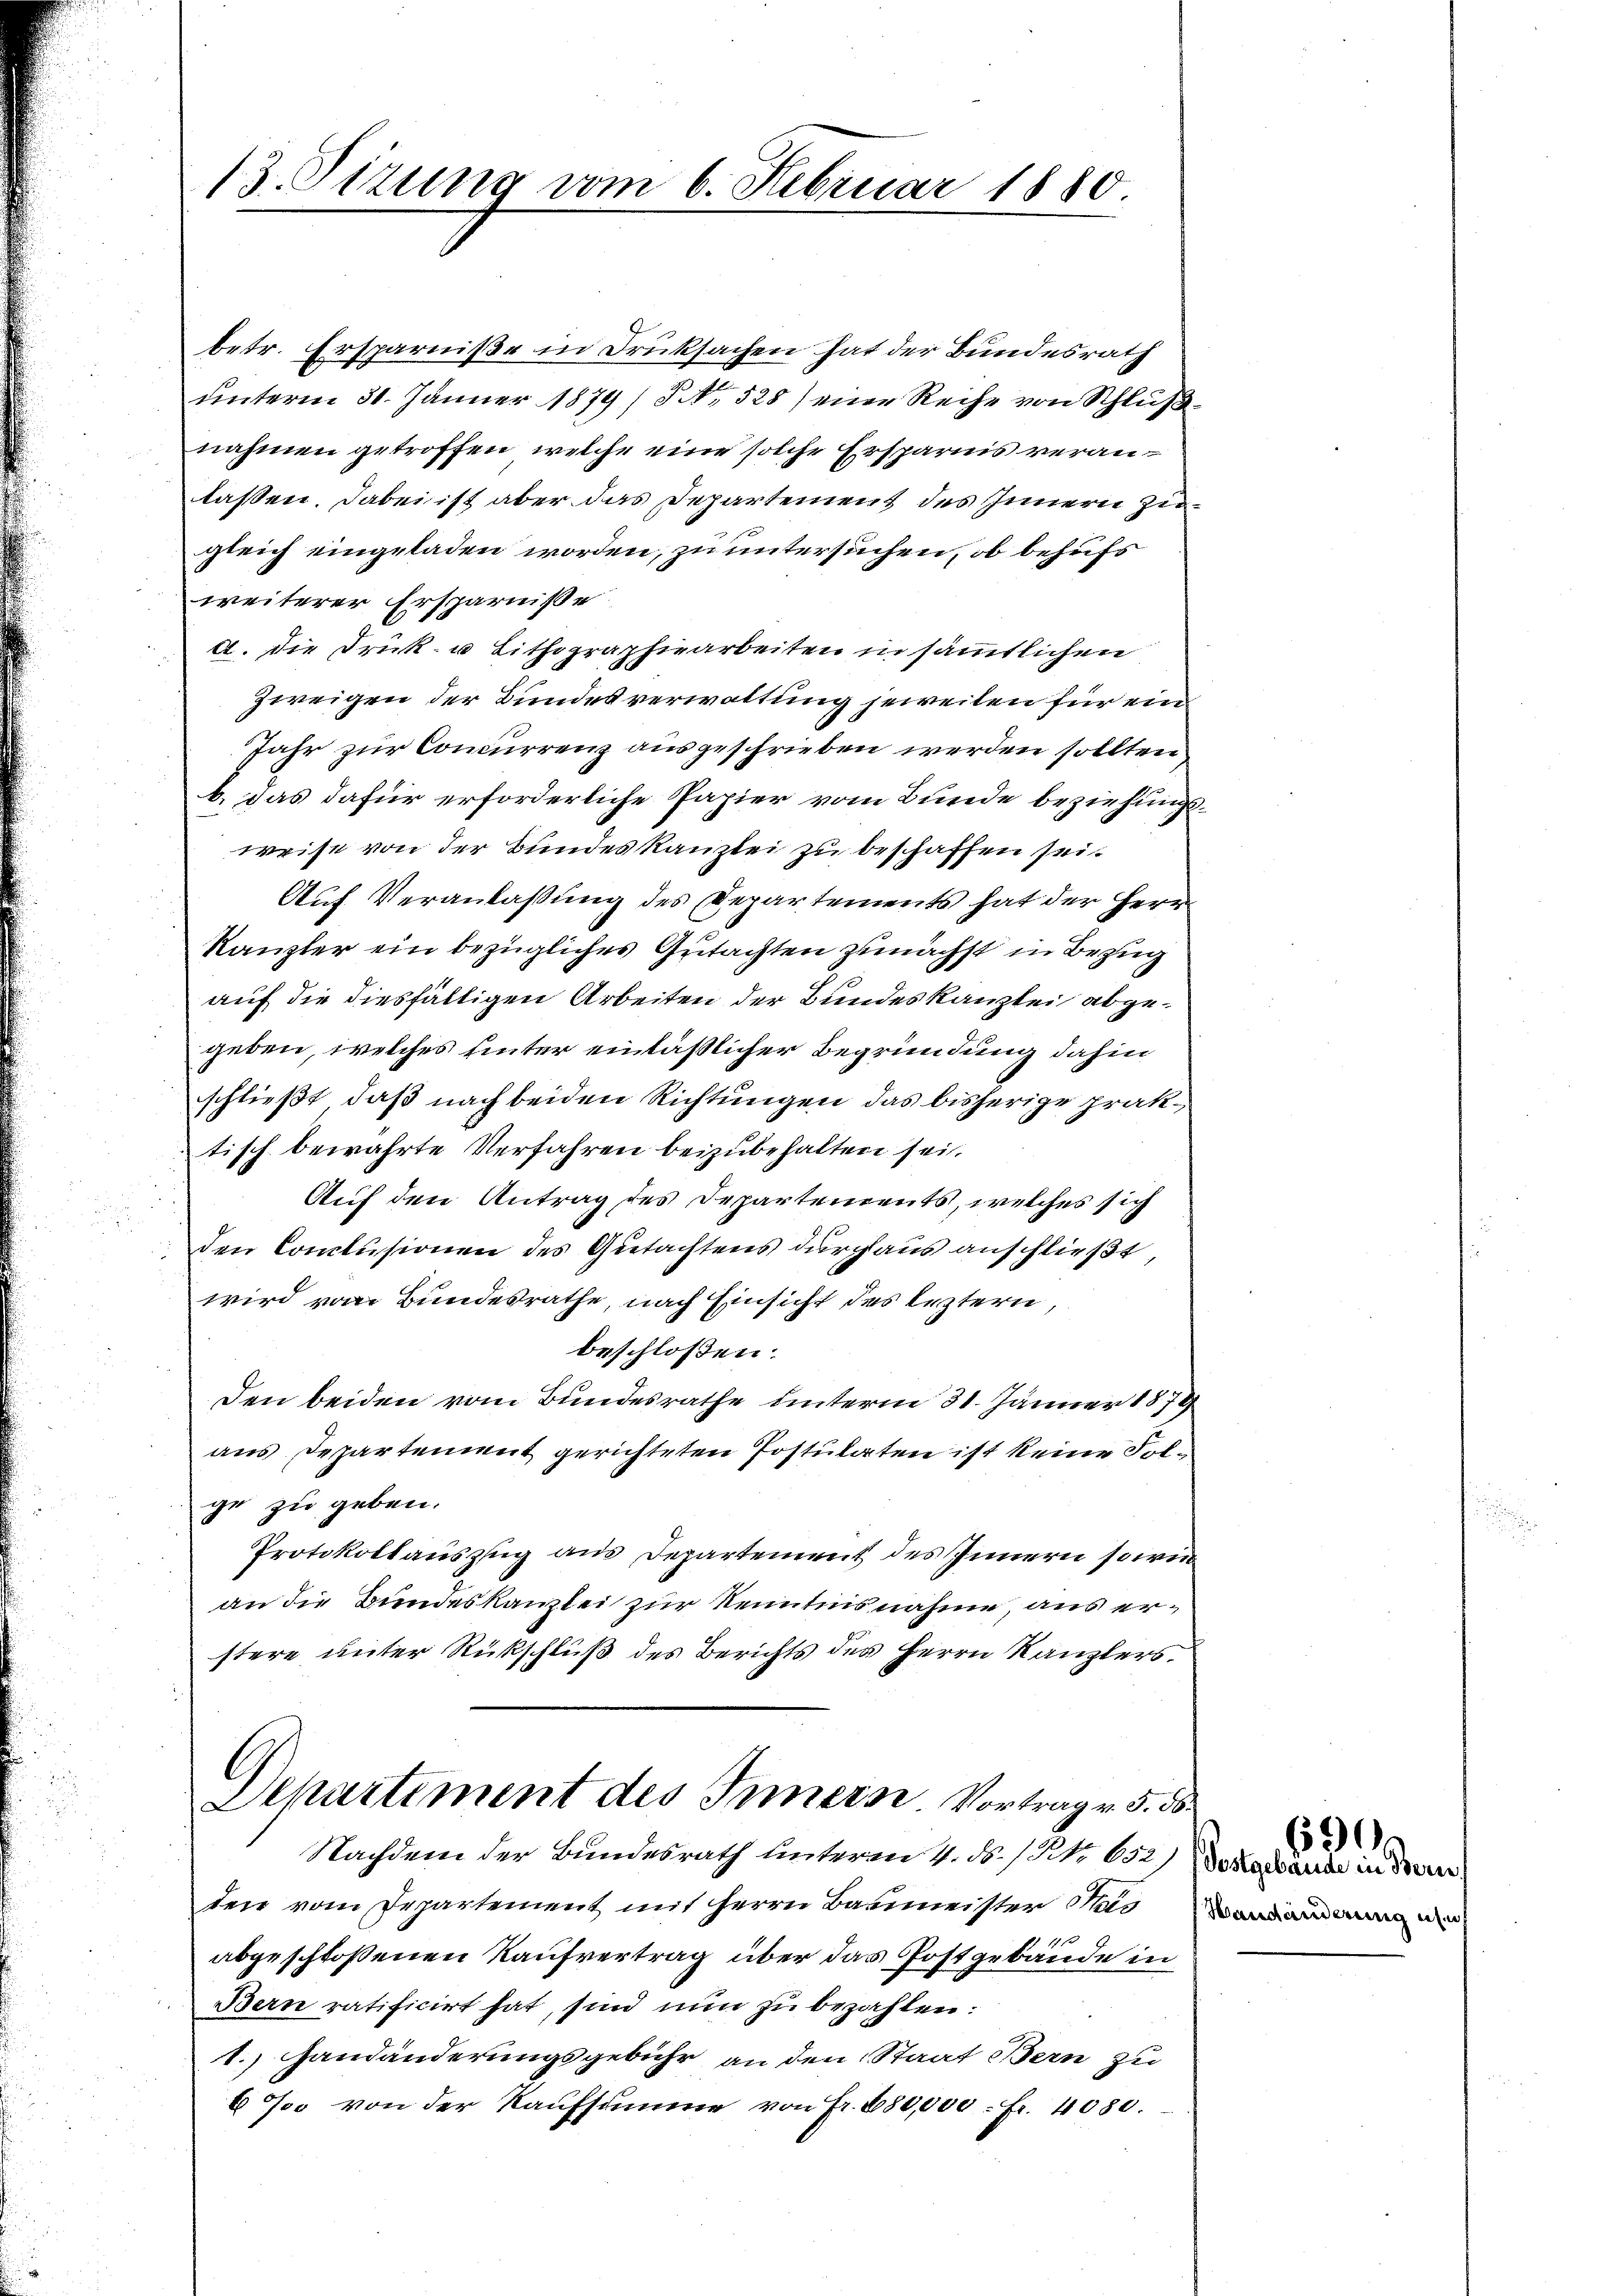
13. Sizung vom 6. Februar 1880

Nachdem der Bundesrath unterm 4. ds. / NNo. 652

betr. Ersparniße in Druksachen hat der Bundesrath
unterm 31. Jänner 1879/ No. 528) eine Reihe von Schluß
nahmen getroffen, welche eine solche Ersparnis veranlaßen. Dabei ist aber das Departement des Innern Zin¬
1
gleich eingeladen worden, zu untersuchen, ob behufs
weiterer Ersparniße
4. die Druck- u Lithographiearbeiten in sämmtlichen
Zweigen der Bundesverwaltung jeweilen für ein
Jahr zur Concurrenz ausgeschrieben werden sollten
b.) das dafür erforderliche Papier vom Bunde beziehungsweise von der Bundeskanzlei zu beschaffen sei.
Auf Veranlassung des Departements hat der Herrn
Kanzler ein bezügliches Gutachten zunächst in Bezug
auf die diesfälligen Arbeiten der Bundeskanzlei abgegeben, welches hinter einläßlicher Begründung dahin
schließt, daß nach beiden Richtungen das bisherige prak-
tisch bewahrte Verfahren beizubehalten sei.
Auf den Antrag des Departements, welches sich
den Conclusionen des Gutachtens durchaus anschließt,
wird vom Bundesrathe, nach Einsicht des leztern,
beschloßen:
Den beiden vom Bundesrathe unterm 31. Jänner 1879
aus Departement gerichteten Postulaten ist keine Folge zu geben.
Protokollauszug aus Departement des Innern sowie
an die Bundeskanzlei zur Kenntnis nahme, aus erstere unter Rückschluß des Berichts des Herrn Kanzlers,
6
Separtiment des Innern Vortrag v. 5. 56.

den vom Departement mit Herrn Baumeister Mein
abgeschloßenen Kaufvertrag über das Postgebäude in
Bern ratificirt hat, sind nun zu bezahlen:
1.) Handänderungsgebühr an den Staat Bern zu
6 Joo von der Kaufsumme von Fr. 650,000. fr. 4080.

Postgebäude in Bern,
Handänderung un

630.